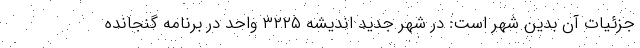
جزئیات آن بدین شهر است: در شهر جدید اندیشه ۳۲۲۵ واحد در برنامه گنجانده